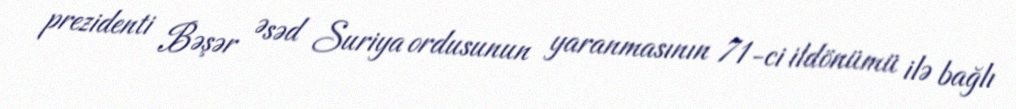
prezidenti Bəşər Əsəd Suriya ordusunun yaranmasının 71-ci ildönümü ilə bağlı